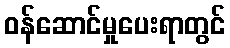
ဝန်ဆောင်မှုပေးရာတွင်